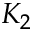
K _ { 2 }